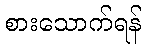
စားသောက်ရန်